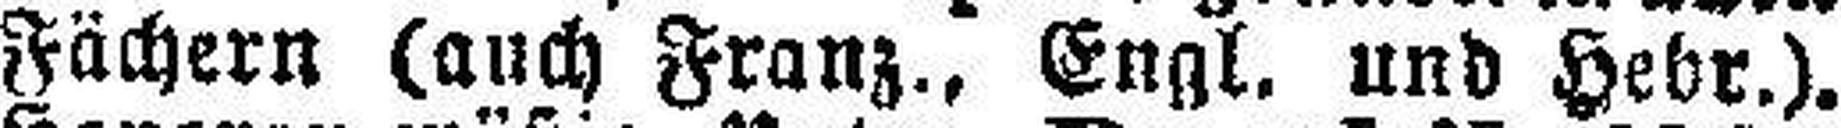
Fächern (auch Franz., Engl. und Hebr.).